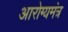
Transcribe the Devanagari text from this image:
आरोग्यमंत्र